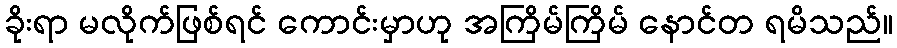
ခိုးရာ မလိုက်ဖြစ်ရင် ကောင်းမှာဟု အကြိမ်ကြိမ် နောင်တ ရမိသည်။